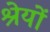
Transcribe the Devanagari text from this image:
श्रेयों